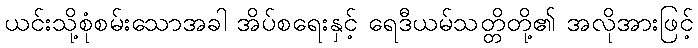
ယင်းသို့စုံစမ်းသောအခါ အိပ်စရေးနှင့် ရေဒီယမ်သတ္တိတို့၏ အလိုအားဖြင့်